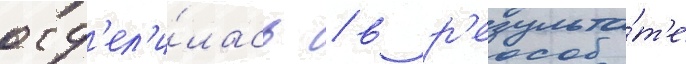
отд'ел'и́лась / в р'езульта́т'е